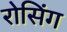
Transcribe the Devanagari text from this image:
रोसिंग